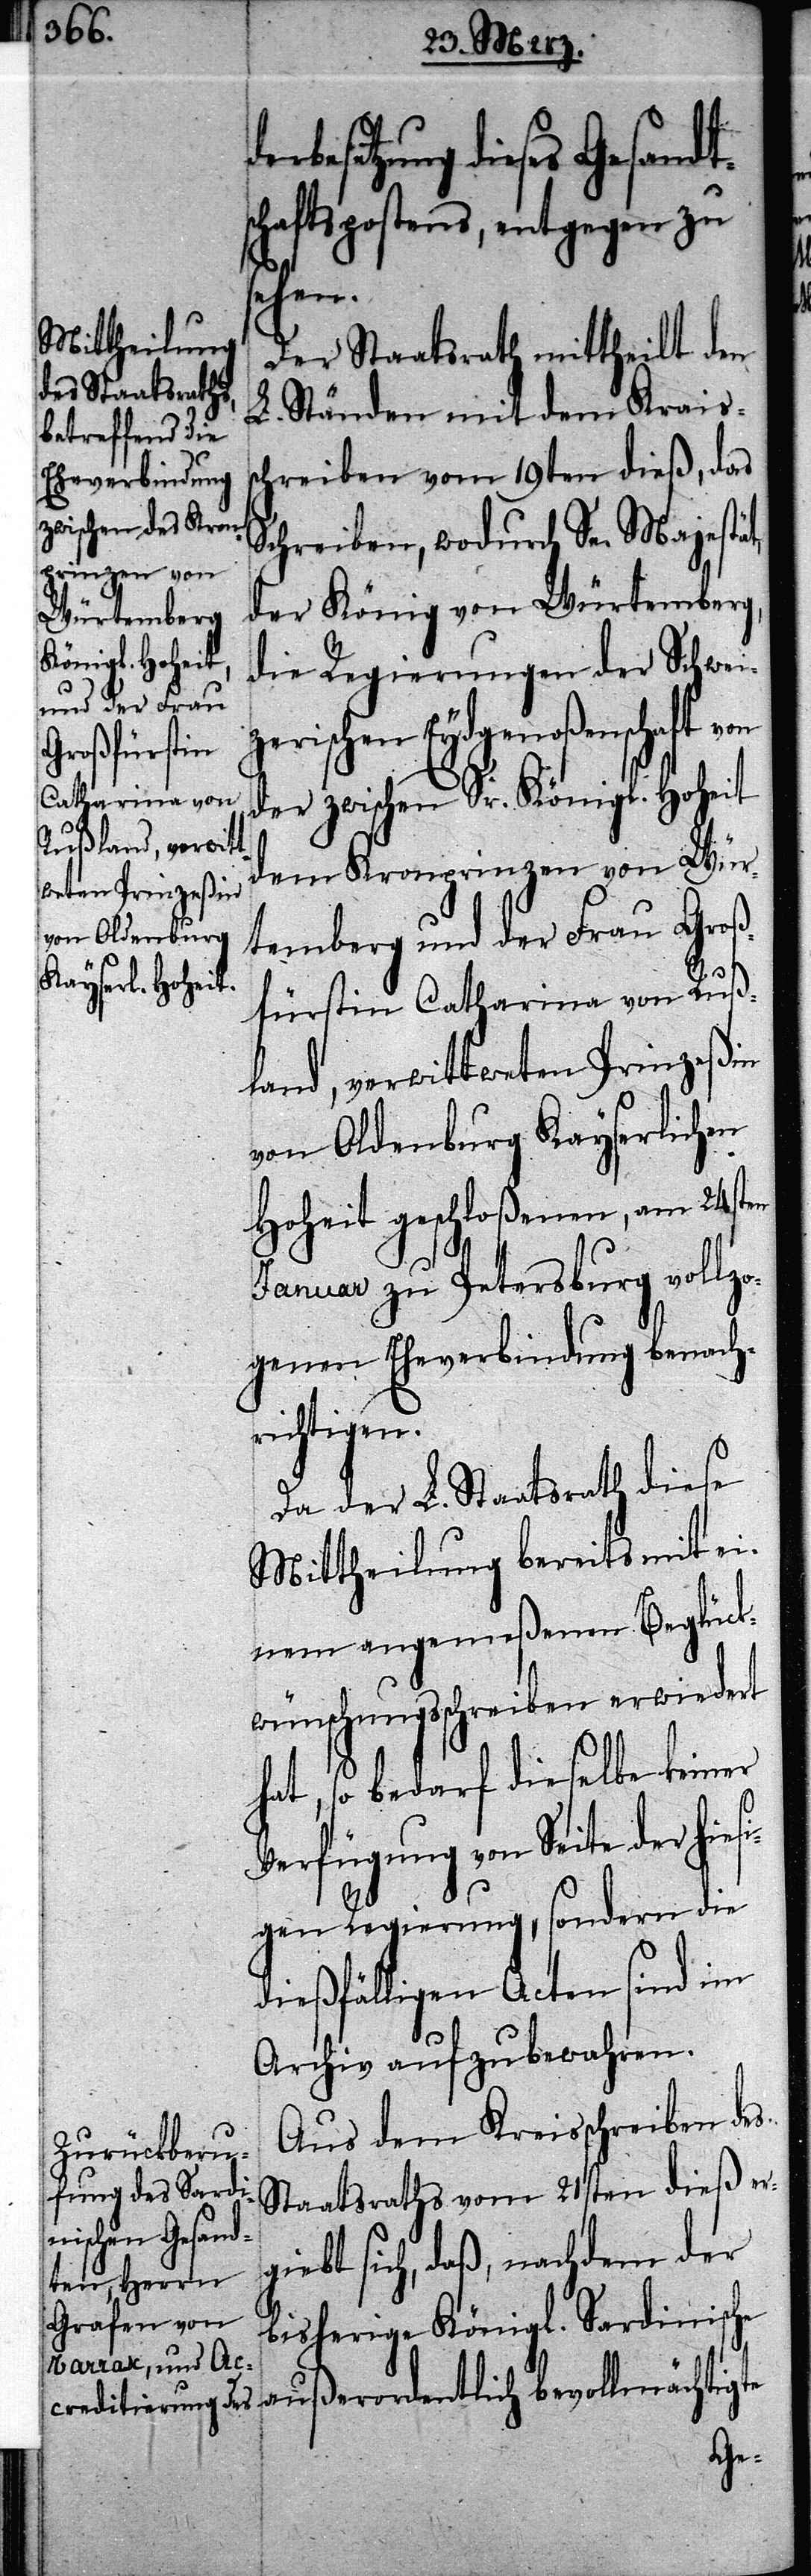
besetzung dieses Gesandts¬
chaftspostens, entgegen zu
sehen.
Der Staatsrath mittheilt den
L. Ständen mit dem Krais¬
chreiben vom 19ten dieß, das
Schreiben, wodurch Se. Majestät,
der König von Würtemberg,
die Regierungen der Schwei¬
zerischen Eydsgenoßenschaft von
der zwischen Sr. Königl. Hoheit
dem Kronprinzen von Wür¬
temberg und der Frau Groß¬
fürstin Catharina von Ruß¬
land, verwittweten Prinzeßin
von Oldenburg Kayserlichen
Hoheit geschloßenen, am 24sten
Januar zu Petersburg vollzo¬
genen Eheverbindung benach¬
richtigen.
Da der L. Staatsrath diese
Mittheilung bereits mit ei¬
nem angemeßenen Beglück¬
wünschungsschreiben erwiedert
hat, so bedarf dieselbe keiner
Verfügung von Seite der hiesi¬
gen Regierung, sondern die
dießfälligen Acten sind im
Archiv aufzubewahren.
Aus dem Kreisschreiben des
Staatsraths vom 21sten dieß erg¬
iebt sich, daß, nachdem der
bisherige Königl. Sardinische
s¬